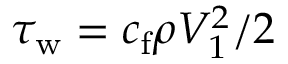
\tau _ { \mathrm { w } } = c _ { \mathrm { f } } \rho V _ { 1 } ^ { 2 } / 2